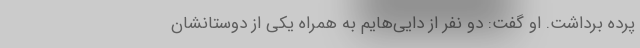
پرده برداشت. او گفت: دو نفر از دایی‌هایم به همراه یکی از دوستا‌نشان